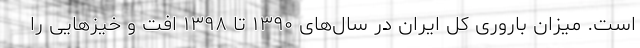
است. میزان باروری کل ایران در سال‌های ١٣٩٠ تا ١٣٩٨ افت و خیزهایی را